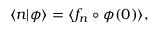
\langle n | \phi \rangle = \langle f _ { n } \circ \phi ( 0 ) \rangle ,